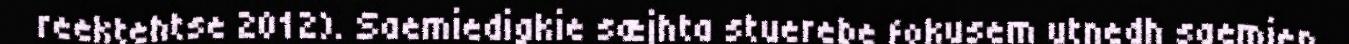
reektehtse 2012). Saemiedigkie sæjhta stuerebe fokusem utnedh saemien